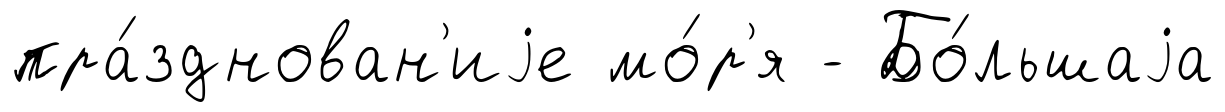
пра́зднован'иjе мо́р'я - Бо́льшаjа